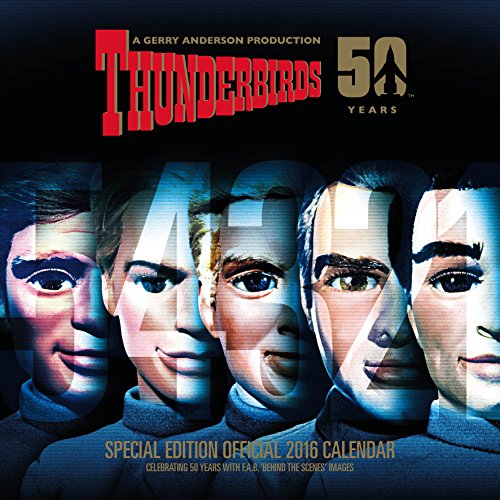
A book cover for The Official Thunderbirds Classic 2016 Square Calendar; Calendars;